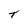
Character: t